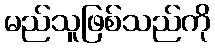
မည်သူဖြစ်သည်ကို